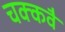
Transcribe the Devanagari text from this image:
चक्‍कवै